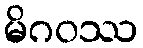
မိဂဝဿ